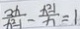
\frac { 2 x } { x ^ { 2 } - 1 } - \frac { x ^ { 2 } - 1 } { x } = 1